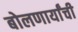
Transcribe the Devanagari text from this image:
बोलणार्यांची